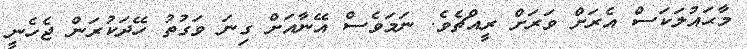
މާޙައުލަކަސް އެރަށް ވަރަށް ރީއްޗެވެ. ނަމަވެސް އޭނާއަށް ގިނަ ވަގުތު ހޭދަކުރަން ޖެހެނީ